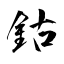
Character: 鈷